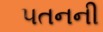
૫તનની